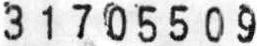
3 1 7 0 5 5 0 9